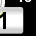
Digit: 1